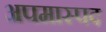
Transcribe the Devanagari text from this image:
अपमास्पद